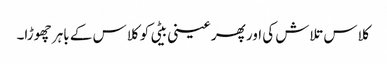
کلاس تلاش کی اور پھر عینی بیٹی کو کلاس کے باہر چھوڑا۔